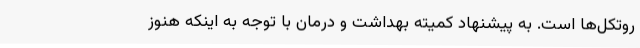
روتکل‌ها است. به پیشنهاد کمیته بهداشت و درمان با توجه به اینکه هنوز